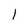
Character: 1